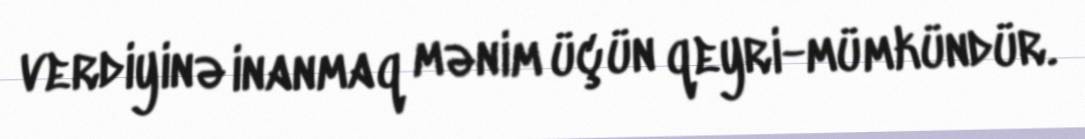
verdiyinə inanmaq mənim üçün qeyri-mümkündür.